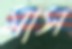
মাস